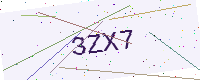
Text: 3ZX7